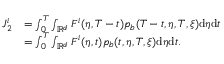
\begin{array} { r l } { J _ { 2 } ^ { i } } & { = \int _ { 0 } ^ { T } \int _ { \mathbb { R } ^ { d } } F ^ { i } ( \eta , T - t ) p _ { b } ( T - t , \eta , T , \xi ) \mathrm { d } \eta \mathrm { d } t } \\ & { = \int _ { 0 } ^ { T } \int _ { \mathbb { R } ^ { d } } F ^ { i } ( \eta , t ) p _ { b } ( t , \eta , T , \xi ) \mathrm { d } \eta \mathrm { d } t . } \end{array}